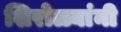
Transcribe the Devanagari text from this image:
शिरोळ्यांनी